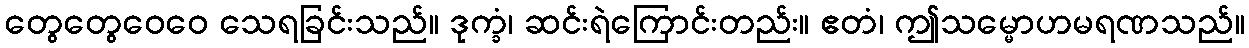
တွေတွေဝေဝေ သေရခြင်းသည်။ ဒုက္ခံ၊ ဆင်းရဲကြောင်းတည်း။ ဧတံ၊ ဤသမ္မောဟမရဏသည်။